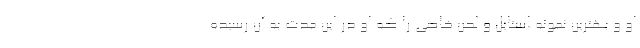
او و بهترین نمونه استایل و لحن خاصی را که او در این مدت به آن رسیده